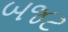
બજટ